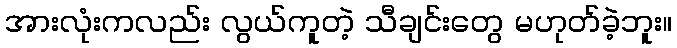
အားလုံးကလည်း လွယ်ကူတဲ့ သီချင်းတွေ မဟုတ်ခဲ့ဘူး။